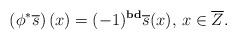
LaTeX: \begin{align*}\begin{aligned}\left(\phi^{*}\overline{s}\right)(x)=(-1)^{{\rm \textbf{bd}}}\overline{s}(x),\, x\in \overline{Z}.\end{aligned}\end{align*}